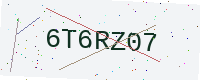
Text: 6T6RZ07